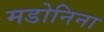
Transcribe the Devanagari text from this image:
मडोनिना